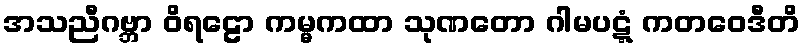
အသညီဂဗ္ဘာ ဝိရဠော ကမ္မကထာ သုဏတော ဂါမပဋ္ဋံ ကတဝေဒီတိ